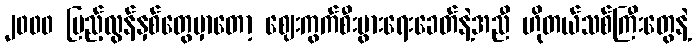
၂၀၀၀ ပြည့်လွန်နှစ်တွေမှာတော့ ဈေးကွက်စီးပွားရေးခေတ်နဲ့အညီ ဟိုတယ်သစ်ကြီးတွေနဲ့